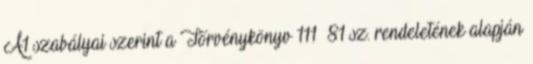
A1 szabályai szerint a Tőrvénykönyv 111 81 sz. rendeletének alapján